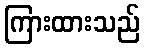
ကြားထားသည်